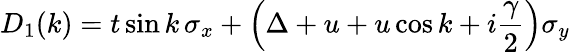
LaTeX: D_{1}(k)=t\sin k\, \sigma_{x}+\left(\Delta+u+u\cos k+i\frac{\gamma}{2}\right)\sigma_{y}